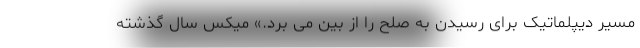
مسیر دیپلماتیک برای رسیدن به صلح را از بین می برد.» میکس سال گذشته